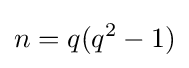
n=q(q^{2}-1)